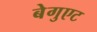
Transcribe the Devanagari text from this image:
बेगुएट